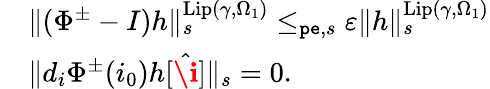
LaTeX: \begin{array}{rl}&{\rVert(\Phi^{\pm}-I)h\rVert_{s}^{\mathrm{Lip}(\gamma,\Omega_{1})}\le_{\mathtt{pe},s}\varepsilon\rVert h\rVert_{s}^{\mathrm{Lip}(\gamma,\Omega_{1})}}\\ &{\rVert d_{i}\Phi^{\pm}(i_{0})h[\hat{\textbf{\i}}]\rVert_{s}=0.}\end{array}